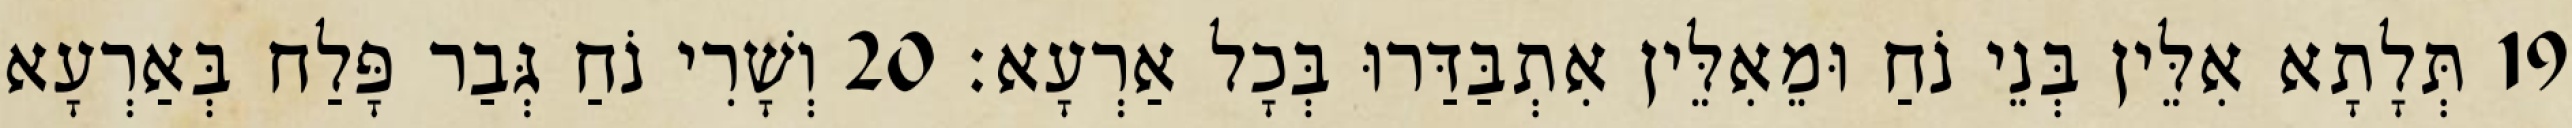
19 תְּלָתָא אִלֵּין בְּנֵי נֹחַ וּמֵאִלֵּין אִתְבַּדַּרוּ בְּכָל אַרְעָא׃ 20 וְשָׁרִי נֹחַ גְּבַר פָּלַח בְּאַרְעָא